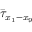
\bar { \tau } _ { x _ { 1 } - x _ { 9 } }